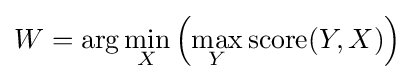
W=\arg \min _{X}\left(\max _{Y}\operatorname {score} (Y,X)\right)